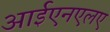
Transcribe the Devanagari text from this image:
आईएनएलए